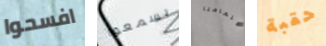
افسحوا يسمعوا اهتمامنا حقبة